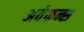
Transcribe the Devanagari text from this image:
अवेकन्स